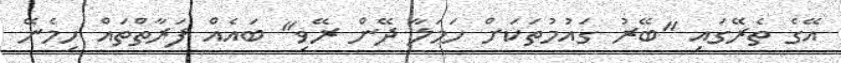
އޭގެ ތެރޭގައި "ބޭރު ގައުމުތަކަށް ހަމަލާ ދޭން ރޭވި" ބައެއް ފަރާތްތައް ހިމެނޭ